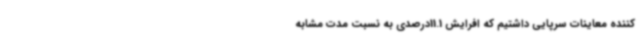
کننده معاینات سرپایی داشتیم که افرایش 11.1درصدی به نسبت مدت مشابه